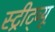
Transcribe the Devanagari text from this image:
स्ट्रीट्व्यू